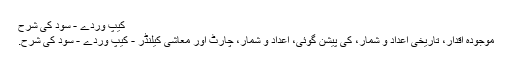
کیپ وردے - سود کی شرح
موجودہ اقدار، تاریخی اعداد و شمار، کی پیشن گوئی، اعداد و شمار، چارٹ اور معاشی کیلنڈر - کیپ وردے - سود کی شرح.